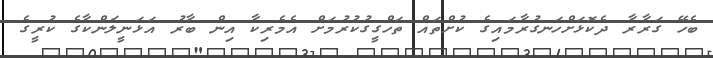
ބެހޭ ގަރާރާ ދެކޮޅަށްހަނގުރާމައިގެ ކުށްތައް ތަހްގީގުކުރުމަށް އެމެރިކާ އިން ބާރު އަޅަނީލަންކާގެ ކުރީގެ